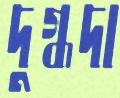
দুগ্ধদা